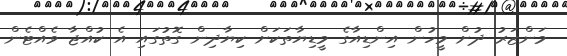
މަންޒަރު ދުށް މީހުން އިންޑިއާގެ މީޑިޔާތަކަށް ކިޔާދިން ގޮތުގައި އެ ކުއްޖާ ވެއްޓެން